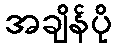
အချိန်ပို